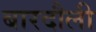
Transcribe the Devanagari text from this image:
बारदौली